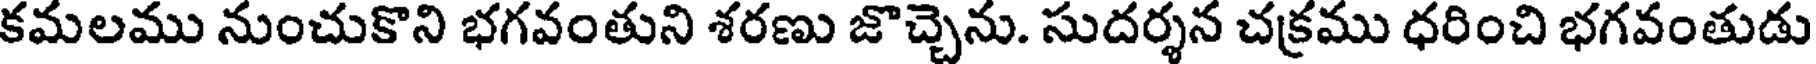
కమలము నుంచుకొని భగవంతుని శరణు జొచ్చెను. సుదర్శన చక్రము ధరించి భగవంతుడు